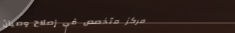
مركز متخصص في إصلاح وصيان